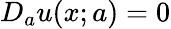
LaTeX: D_{a}u(x;a)=0